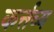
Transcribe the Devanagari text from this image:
कर्त्तव्‍य